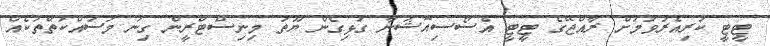
ޓީޓީ ކުރިއެރުވުމަށް ރާއްޖޭގެ ޓީޓީ އެސޯސިއޭޝަނާ ގުޅިގެން ޔޫތު މިނިސްޓްރީން ގިނަ މަސައްކަތްތަކެއް